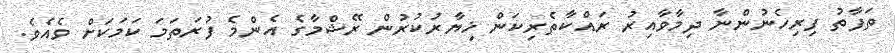
ތަފާތު ފިރިހެނުންނާ ދިމާވާއިރު ރައްކާތެރިކަން ޚިޔާރުކުރުން ރޭޝްމާގެ އެންމެ ފުރަތަމަ ކަމަކަށް ވެއެވެ.